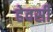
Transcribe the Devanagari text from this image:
हेवर्सी